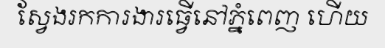
ស្វែងរកការងារធ្វើនៅភ្នំពេញ ហើយ